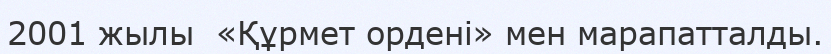
2001 жылы  «Құрмет ордені» мен марапатталды.